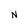
Character: N